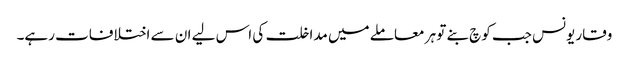
وقار یونس جب کوچ بنے تو ہر معاملے میں مداخلت کی اس لیے ان سے اختلافات رہے۔